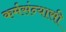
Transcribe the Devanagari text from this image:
कर्मसंन्यासी